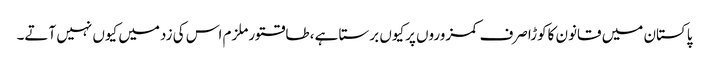
پاکستان میں قانون کاکوڑاصرف کمزوروں پرکیوں برستا ہے ،طاقتورملزم اس کی زدمیں کیوں نہیں آتے۔